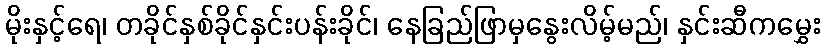
မိုးနှင့်ရေ၊ တခိုင်နှစ်ခိုင်နှင်းပန်းခိုင်၊ နေခြည်ဖြာမှနွေးလိမ့်မည်၊ နှင်းဆီကမွှေး